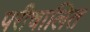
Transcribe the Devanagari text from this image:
परीचालित